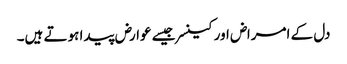
دل کے امراض اور کینسر جیسے عوارض پیدا ہوتے ہیں۔